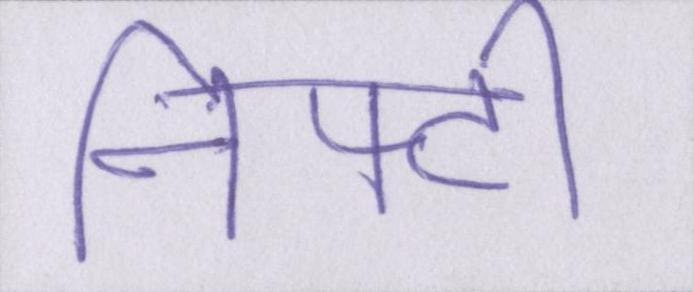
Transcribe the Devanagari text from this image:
निफ्टी